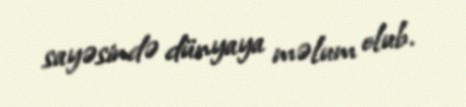
sayəsində dünyaya məlum olub.